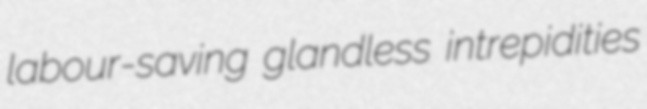
labour-saving glandless intrepidities